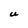
Character: U